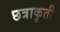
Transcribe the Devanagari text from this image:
छत्राकृती